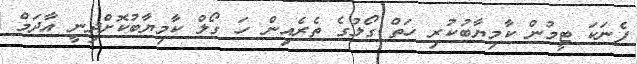
ފެނަކަ ޓީމުން ކާމިޔާބުކުރި ހަތް ގޯލުގެ ތެރެއިން ހަ ގޯލް ކާމިޔާބުކޮށްދިނީ އާދަމް